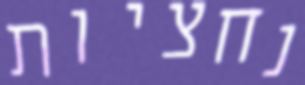
נחציות